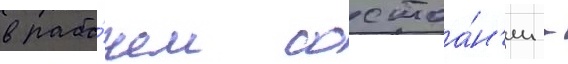
в рабо́чем состоа́н'ии -